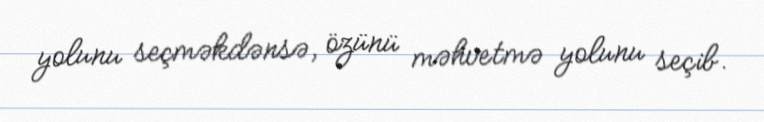
yolunu seçməkdənsə, özünü məhvetmə yolunu seçib.